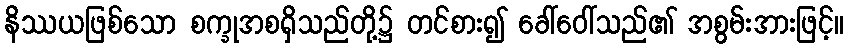
နိဿယဖြစ်သော စက္ခုအစရှိသည်တို့၌ တင်စား၍ ခေါ်ဝေါ်သည်၏ အစွမ်းအားဖြင့်။